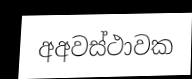
අඅවස්ථාවක